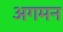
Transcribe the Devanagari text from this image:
अगमन